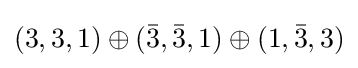
(3,3,1)\oplus ({\bar {3}},{\bar {3}},1)\oplus (1,{\bar {3}},3)